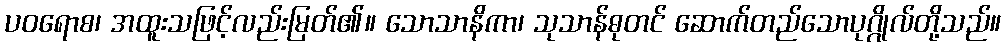
ပဝရောစ၊ အထူးသဖြင့်လည်းမြတ်၏။ သောသာနိကာ၊ သုသာန်ဓုတင် ဆောက်တည်သောပုဂ္ဂိုလ်တို့သည်။